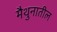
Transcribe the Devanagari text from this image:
मैथुनातील